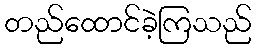
တည်ထောင်ခဲ့ကြသည်